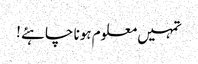
تمہیں معلوم ہونا چاہئے !